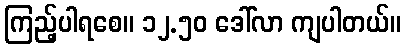
ကြည့်ပါရစေ။ ၁၂.၅၀ ဒေါ်လာ ကျပါတယ်။